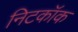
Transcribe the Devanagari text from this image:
निटकॉक